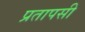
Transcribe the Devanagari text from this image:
प्रतापसी